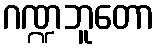
ဂဏ္ဍဘူတော